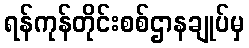
ရန်ကုန်တိုင်းစစ်ဌာနချုပ်မှ